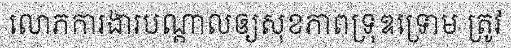
លោភការងារបណ្តាលឲ្យសុខភាពទ្រុឌទ្រោម ត្រូវ